Vaccine operations Central Provinces 1868-1885 - 1868-1885
Year: 1868
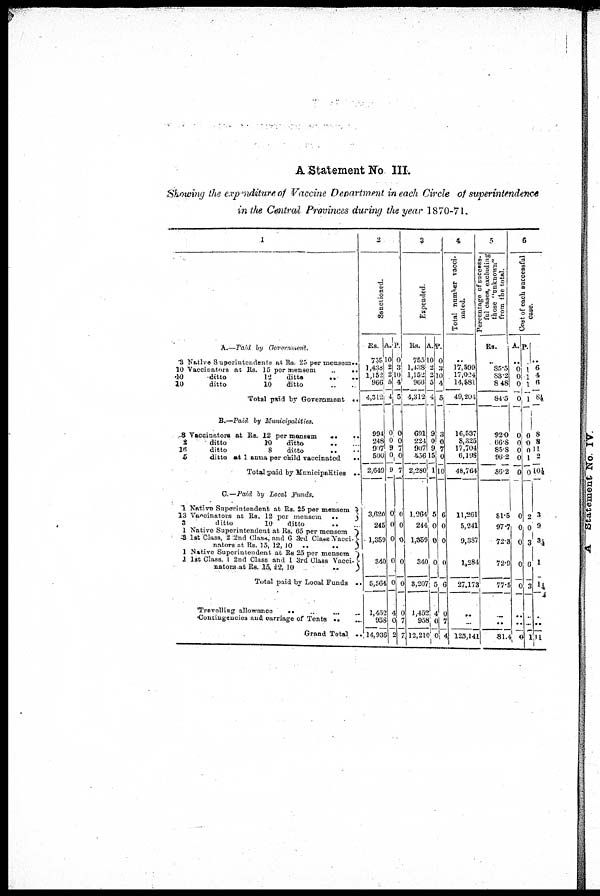
A Statement No III.
Showing the expenditure of Vaccine Department in each Circle of superintendence
in the Central Provinces during the year 1870-71.
1
A.—Paid by Government.
3 Native Superintendents at Rs 25 per mensem..
10 Vaccinators at Rs. 15 per mensem
..
..
10
ditto
12
ditto
..
..
10
ditto
10
ditto .. ..
Total paid by Government ..
B.—Paid by Municipalities.
8 Vaccinators at Rs. 22 per mensem
..
..
2
ditto
10
ditto
..
..
16
ditto
8
ditto
.. ..
5
ditto at 1 anna per child vaccinated
..
Total paid by Municipalities ..
C.—Paid by Local Funds.
1 Native Superintendent at Rs. 25 per mensem
13 Vaccinators at Rs. 12 per mensem
..
3
ditto
10
ditto
..
...
1 Native Superintendent at Rs. 85 per mensem
3 1st Class, 2 2nd Class, and 6 3rd Class Vacci¬
nators at Rs. 15, 12, 10 .. ..
1 Native Superintendent at Rs 25 per mensem
1 1st Class, 1 2nd Class and 1 3rd Class Vacci¬
nators at Rs. 15, 12,10 ..
Total paid by Local Funds ..
Travelling allowance
..
..
...
..
Contingencies and carriage of Tents .. ...
Grand Total ..
2
Sanctioned.
Rs.
755
1,438
1,152
966
4,312
994
248
907
500
2,649
3,620
245
1,359
340
5,564
1,452
958
14,936
A.
10
2
2
5
4
0
0
9
0
9
0
0
0
0
0
4
0
2
P.
0
3
10
4
5
0
0
7
0
7
0
0
0
0
0
0
7
7
3
Expended.
Rs.
755
1,438
1,152
966
4,312
691
224
907
456
2,280
1,264
244
1,359
340
3,207
1,452
958
12,210
A.
10
2
2
5
4
9
0
9
15
1
5
0
0
0
5
4 0
0
P.
0
3
10
4
5
3
0
7
0
10
6
0
0
0
6
0
7
4
4
Total number vacci¬
nated.
..
17,599
17,024
14,581
49,204
16,537
8,325
17,704
6,198
48,764
11,261
5,241
9,387
1,284
27,173
..
..
125,141
5
Percentage of success¬
ful cases, excluding
those "unknown"
from the total.
Rs.
..
85.5
83.2
8.48
84.5
92.0
66.8
85.8
90.2
86.2
81.5
97.7
72.3
72.9
77.5
...
..
81.4
6
Cost of each successful
case.
A,
..
0
0
0
0
0
0
0
0
0
0
0
0
0
0
..
..
0
P.
..
1
1
1
1
0
0
0
1
0
2
0
3
6
3
..
...
1
..
6
4
6
8½
8
8
11
2
10½
3
9
3½
1
1½
..
..
11